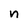
Character: n